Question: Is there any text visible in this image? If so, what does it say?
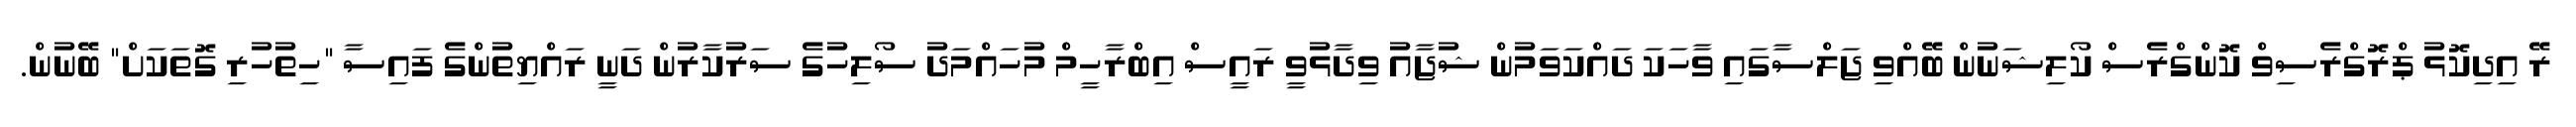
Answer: ރޭ އިދިކޮޅު ޕްރޮގްރެސިވް ކޮންގްރެސް ކޯލިޝަނުން ބޭއްވި ޖަލްސާގައި ވާހަކަ ދައްކަވަމުން ޝުޖާއު ވިދާޅުވީ ރައީސް އިބްރާހީމް މުހައްމަދު ސޯލިހުގެ ސަރުކާރުން ދަނީ ރައްޔިތުންގެ ފައިސާ "ހިތުހުރި ގޮތަކަށް" ބޭނުން.